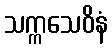
သက္ကသေဝိနံ